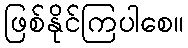
ဖြစ်နိုင်ကြပါစေ။